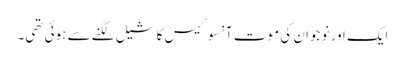
ایک اور نوجوان کی موت آنسو گیس کا شیل لگنے سے ہوئی تھی۔